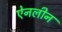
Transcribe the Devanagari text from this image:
ऐनलीन